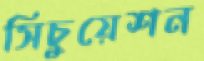
সিচুয়েশন